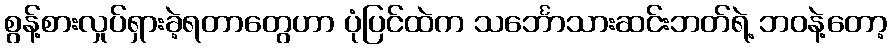
စွန့်စားလှုပ်ရှားခဲ့ရတာတွေဟာ ပုံပြင်ထဲက သင်္ဘောသားဆင်းဘတ်ရဲ့ ဘဝနဲ့တော့